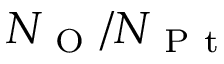
N _ { \mathrm { ~ O ~ } } / N _ { \mathrm { ~ P ~ t ~ } }